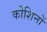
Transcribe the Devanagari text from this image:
कोशिनों